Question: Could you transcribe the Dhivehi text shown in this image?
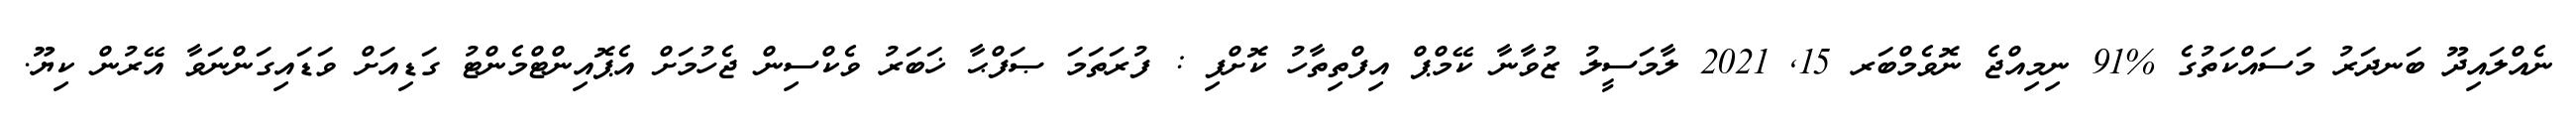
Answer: ނެއްލައިދޫ ބަނދަރު މަސައްކަތުގެ %91 ނިމިއްޖެ ނޮވެމްބަރ 15, 2021 ލާމަސީލު ޒުވާނާ ކޭމްޕް އިފްތިތާހު ކޮށްފި : ފުރަތަމަ ޞަފްޙާ ޚަބަރު ވެކްސިން ޖެހުމަށް އެޕޮއިންޓްމެންޓު ގަޑިއަށް ވަޑައިގަންނަވާ އޭރުން ކިޔޫ.